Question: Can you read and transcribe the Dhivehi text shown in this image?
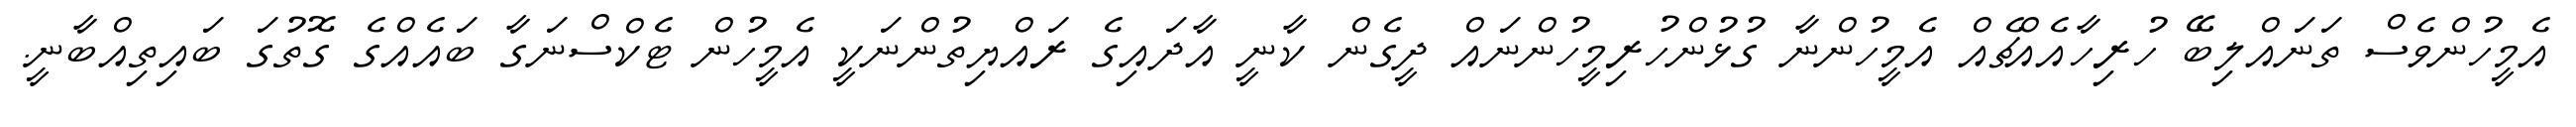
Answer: އެމީހުންވެސް ތަނައްލިބޭ ހުރިހާއެއްޗެއް އެމީހުންނާ ގުޅުންހުރިމީހުންނައް ދީގެން ކާނީ އާދައިގެ ރައްޔިތުންނަކީ އެމީހުން ޓެކްސްނަގާ ބައެއްގެ ގޮތުގަ ބައިތިއްބާނީ.